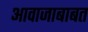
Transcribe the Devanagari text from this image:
आवाजाबाबत